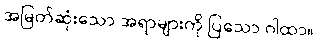
အမြတ်ဆုံးသော အရာများကို ပြသော ဂါထာ။